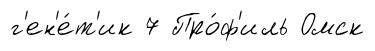
г'ен'е́т'ик 7 Про́ф'иль Омск